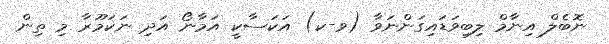
ނޮބެލް އިނާމް ލިބިވަޑައިގަންނަވާ (ވ-ކ) އަކަސާކީ އަމާނޯ އަދި ނަކަމޫރާ މި ތިން